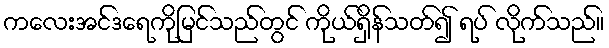
ကလေးအင်ဒရေကိုမြင်သည်တွင် ကိုယ်ရှိန်သတ်၍ ရပ် လိုက်သည်။